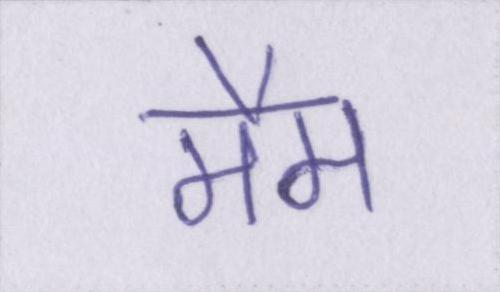
मैम